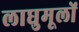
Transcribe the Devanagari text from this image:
लाघुमूलों